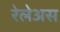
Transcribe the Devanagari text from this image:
रेलेअस